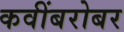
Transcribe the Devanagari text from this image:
कवींबरोबर